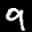
Label: 9